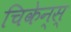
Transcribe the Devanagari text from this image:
चिकेन्स्